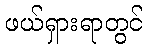
ဖယ်ရှားရာတွင်